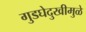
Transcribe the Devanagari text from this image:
गुडघेदुखीमुळे